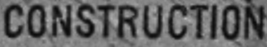
CONSTRUCTION